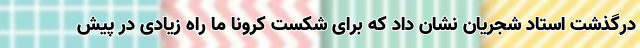
درگذشت استاد شجریان نشان داد که برای شکست کرونا ما راه زیادی در پیش